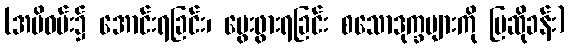
(အမိဝမ်း၌ အောင်းရခြင်း၊ မွေးဖွားရခြင်း စသောဒုက္ခများကို ပြဆိုခန်း)